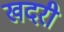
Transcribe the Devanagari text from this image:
खदरी